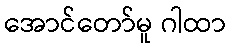
အောင်တော်မူ ဂါထာ